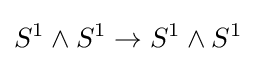
S^{1}\wedge S^{1}\to S^{1}\wedge S^{1}